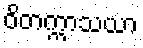
ဝိတက္ကာသယာ